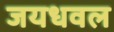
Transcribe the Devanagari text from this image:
जयधवल